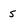
Character: s